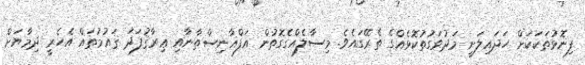
ފިނޮޅުތަކަކަށް ހަދައިލަނީ މަދުވަގުތުކޮޅެއްގެ ތެރޭގައެވެ. މިސާލެއްގެގޮތުން އަފްޣާނިސްތާނާއި ޢިރާޤުފަދަ ޤައުމުތައް އެހެރީ ދިމާޔަށް